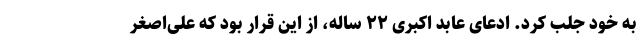
به خود جلب کرد. ادعای عابد اکبری ۲۲ ساله، از این قرار بود که علی‌اصغر